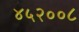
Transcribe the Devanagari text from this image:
४५२००८